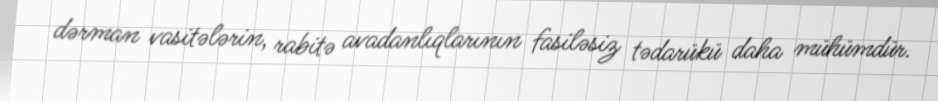
dərman vasitələrin, rabitə avadanlıqlarının fasiləsiz tədarükü daha mühümdür.